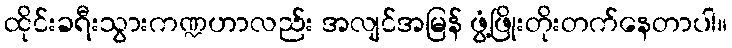
ထိုင်းခရီးသွားကဏ္ဍဟာလည်း အလျင်အမြန် ဖွံ့ဖြိုးတိုးတက်နေတာပါ။